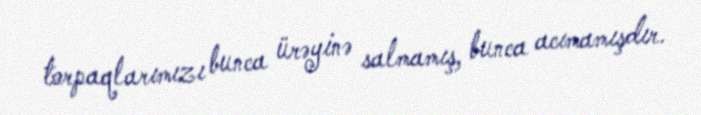
torpaqlarımızı bunca ürəyinə salmamış, bunca acımamışdır.